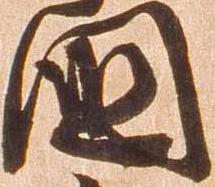
国